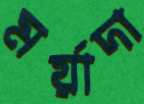
মর্য়াদা